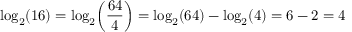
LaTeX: \log _ { 2 } ( 1 6 ) = \log _ { 2 } \! \left( { \frac { 6 4 } { 4 } } \right) = \log _ { 2 } ( 6 4 ) - \log _ { 2 } ( 4 ) = 6 - 2 = 4